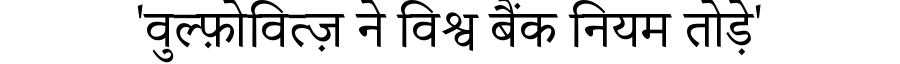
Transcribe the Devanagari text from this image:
'वुल्फ़ोवित्ज़ ने विश्व बैंक नियम तोड़े'